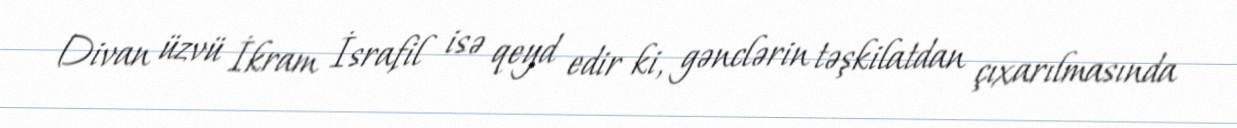
Divan üzvü İkram İsrafil isə qeyd edir ki, gənclərin təşkilatdan çıxarılmasında